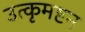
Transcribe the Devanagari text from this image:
उत्कृमष्टन